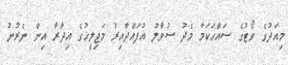
މިއަދުގެ ވޯޓުގެ ސައްހަކަމާ މެދު ސުވާލު އުފައްދާއިރު މަޖިލީހުގެ އިދާރާ އިން ނެރުނު